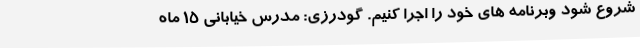
شروع شود وبرنامه های خود را اجرا کنیم. گودرزی: مدرس خیابانی 15 ماه